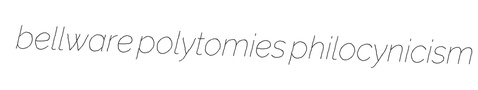
bellware polytomies philocynicism